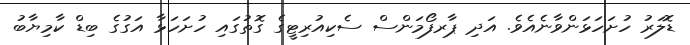
ޑޮލަރު ހުށަހަޅަންވާނެއެވެ. އަދި ޕާރފޯމަންސް ސެކިއުރިޓީގެ ގޮތުގައި ހުށަހަޅާ އަގުގެ ބިޑް ކާމިޔާބު